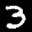
Label: 3